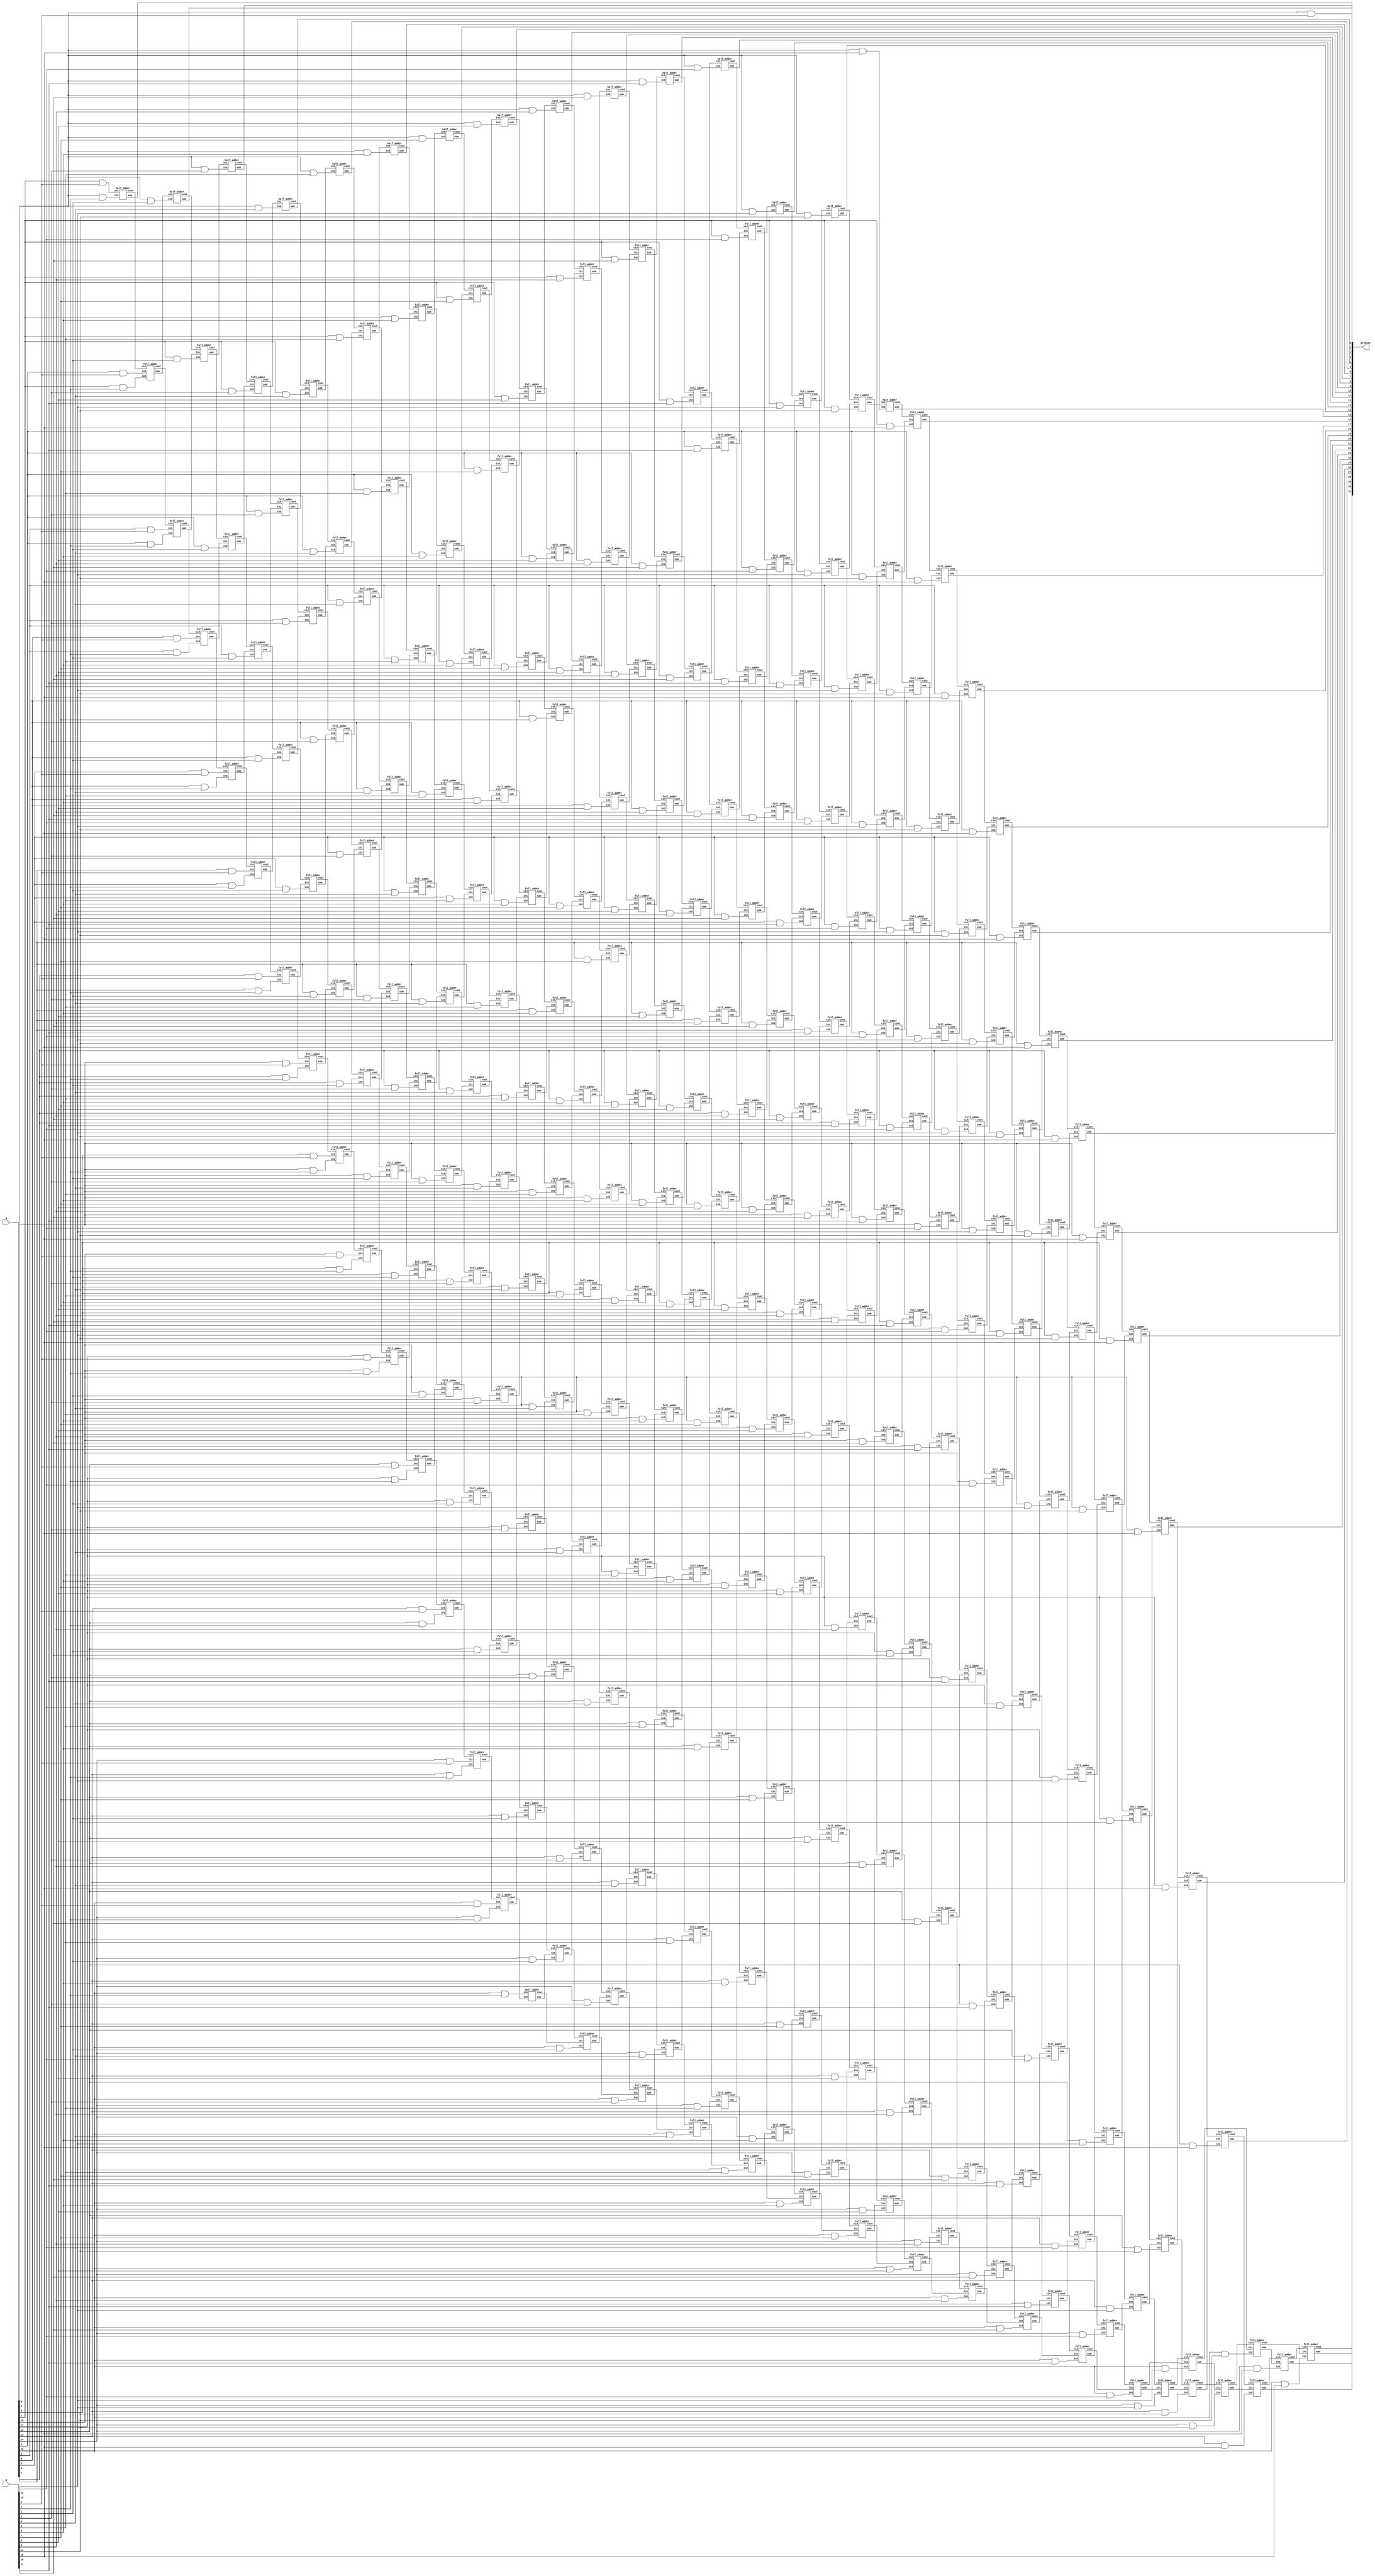
module array_signed_multiplier_16(output wire [31:0] product,
                          input wire [15:0] A, B);

and AND1(a0b0, A[0], B[0]);and AND2(a0b1, A[0], B[1]);
and AND3(a0b2, A[0], B[2]);and AND4(a0b3, A[0], B[3]);
and AND5(a0b4, A[0], B[4]);and AND6(a0b5, A[0], B[5]);
and AND7(a0b6, A[0], B[6]);and AND8(a0b7, A[0], B[7]);
and AND9(a0b8, A[0], B[8]);and AND10(a0b9, A[0], B[9]);
and AND11(a0b10, A[0], B[10]);and AND12(a0b11, A[0], B[11]);
and AND13(a0b12, A[0], B[12]);and AND14(a0b13, A[0], B[13]);
and AND15(a0b14, A[0], B[14]);and AND16(a0b15, A[0], B[15]);
and AND18(a1b0, A[1], B[0]);and AND19(a1b1, A[1], B[1]);
and AND20(a1b2, A[1], B[2]);and AND21(a1b3, A[1], B[3]);
and AND22(a1b4, A[1], B[4]);and AND23(a1b5, A[1], B[5]);
and AND24(a1b6, A[1], B[6]);and AND25(a1b7, A[1], B[7]);
and AND26(a1b8, A[1], B[8]);and AND27(a1b9, A[1], B[9]);
and AND28(a1b10, A[1], B[10]);and AND29(a1b11, A[1], B[11]);
and AND30(a1b12, A[1], B[12]);and AND31(a1b13, A[1], B[13]);
and AND32(a1b14, A[1], B[14]);and AND33(a1b15, A[1], B[15]);
and AND017(a2b0, A[2], B[0]);and AND018(a2b1, A[2], B[1]);
and AND019(a2b2, A[2], B[2]);and AND020(a2b3, A[2], B[3]);
and AND021(a2b4, A[2], B[4]);and AND022(a2b5, A[2], B[5]);
and AND023(a2b6, A[2], B[6]);and AND024(a2b7, A[2], B[7]);
and AND025(a2b8, A[2], B[8]);and AND026(a2b9, A[2], B[9]);
and AND027(a2b10, A[2], B[10]);and AND028(a2b11, A[2], B[11]);
and AND029(a2b12, A[2], B[12]);and AND030(a2b13, A[2], B[13]);
and AND031(a2b14, A[2], B[14]);and AND032(a2b15, A[2], B[15]);
and AND033(a3b0, A[3], B[0]);and AND34(a3b1, A[3], B[1]);
and AND35(a3b2, A[3], B[2]);and AND36(a3b3, A[3], B[3]);
and AND37(a3b4, A[3], B[4]);and AND38(a3b5, A[3], B[5]);
and AND39(a3b6, A[3], B[6]);and AND40(a3b7, A[3], B[7]);
and AND41(a3b8, A[3], B[8]);and AND42(a3b9, A[3], B[9]);
and AND43(a3b10, A[3], B[10]);and AND44(a3b11, A[3], B[11]);
and AND45(a3b12, A[3], B[12]);and AND46(a3b13, A[3], B[13]);
and AND47(a3b14, A[3], B[14]);and AND048(a3b15, A[3], B[15]);
and AND48(a4b0, A[4], B[0]);
and AND49(a4b1, A[4], B[1]);
and AND50(a4b2, A[4], B[2]);
and AND51(a4b3, A[4], B[3]);
and AND52(a4b4, A[4], B[4]);
and AND53(a4b5, A[4], B[5]);
and AND54(a4b6, A[4], B[6]);
and AND55(a4b7, A[4], B[7]);
and AND56(a4b8, A[4], B[8]);
and AND57(a4b9, A[4], B[9]);
and AND58(a4b10, A[4], B[10]);
and AND59(a4b11, A[4], B[11]);
and AND60(a4b12, A[4], B[12]);
and AND61(a4b13, A[4], B[13]);
and AND62(a4b14, A[4], B[14]);
and AND63(a4b15, A[4], B[15]);
and AND64(a5b0, A[5], B[0]);
and AND65(a5b1, A[5], B[1]);
and AND66(a5b2, A[5], B[2]);
and AND67(a5b3, A[5], B[3]);
and AND68(a5b4, A[5], B[4]);
and AND69(a5b5, A[5], B[5]);
and AND70(a5b6, A[5], B[6]);
and AND71(a5b7, A[5], B[7]);
and AND72(a5b8, A[5], B[8]);
and AND73(a5b9, A[5], B[9]);
and AND74(a5b10, A[5], B[10]);
and AND75(a5b11, A[5], B[11]);
and AND76(a5b12, A[5], B[12]);
and AND77(a5b13, A[5], B[13]);
and AND78(a5b14, A[5], B[14]);
and AND79(a5b15, A[5], B[15]);
and AND80(a6b0, A[6], B[0]);
and AND81(a6b1, A[6], B[1]);
and AND82(a6b2, A[6], B[2]);
and AND83(a6b3, A[6], B[3]);
and AND84(a6b4, A[6], B[4]);
and AND85(a6b5, A[6], B[5]);
and AND86(a6b6, A[6], B[6]);
and AND87(a6b7, A[6], B[7]);
and AND88(a6b8, A[6], B[8]);
and AND89(a6b9, A[6], B[9]);
and AND90(a6b10, A[6], B[10]);
and AND91(a6b11, A[6], B[11]);
and AND92(a6b12, A[6], B[12]);
and AND93(a6b13, A[6], B[13]);
and AND94(a6b14, A[6], B[14]);
and AND95(a6b15, A[6], B[15]);
and AND96(a7b0, A[7], B[0]);
and AND97(a7b1, A[7], B[1]);
and AND98(a7b2, A[7], B[2]);
and AND99(a7b3, A[7], B[3]);
and AND100(a7b4, A[7], B[4]);
and AND101(a7b5, A[7], B[5]);
and AND102(a7b6, A[7], B[6]);
and AND103(a7b7, A[7], B[7]);
and AND104(a7b8, A[7], B[8]);
and AND105(a7b9, A[7], B[9]);
and AND106(a7b10, A[7], B[10]);
and AND107(a7b11, A[7], B[11]);
and AND108(a7b12, A[7], B[12]);
and AND109(a7b13, A[7], B[13]);
and AND110(a7b14, A[7], B[14]);
and AND111(a7b15, A[7], B[15]);
and AND112(a8b0, A[8], B[0]);
and AND113(a8b1, A[8], B[1]);
and AND114(a8b2, A[8], B[2]);
and AND115(a8b3, A[8], B[3]);
and AND116(a8b4, A[8], B[4]);
and AND117(a8b5, A[8], B[5]);
and AND118(a8b6, A[8], B[6]);
and AND119(a8b7, A[8], B[7]);
and AND120(a8b8, A[8], B[8]);
and AND121(a8b9, A[8], B[9]);
and AND122(a8b10, A[8], B[10]);
and AND123(a8b11, A[8], B[11]);
and AND124(a8b12, A[8], B[12]);
and AND125(a8b13, A[8], B[13]);
and AND126(a8b14, A[8], B[14]);
and AND127(a8b15, A[8], B[15]);
and AND128(a9b0, A[9], B[0]);
and AND129(a9b1, A[9], B[1]);
and AND130(a9b2, A[9], B[2]);
and AND131(a9b3, A[9], B[3]);
and AND132(a9b4, A[9], B[4]);
and AND133(a9b5, A[9], B[5]);
and AND134(a9b6, A[9], B[6]);
and AND135(a9b7, A[9], B[7]);
and AND136(a9b8, A[9], B[8]);
and AND137(a9b9, A[9], B[9]);
and AND138(a9b10, A[9], B[10]);
and AND139(a9b11, A[9], B[11]);
and AND140(a9b12, A[9], B[12]);
and AND141(a9b13, A[9], B[13]);
and AND142(a9b14, A[9], B[14]);
and AND143(a9b15, A[9], B[15]);
and AND144(a10b0, A[10], B[0]);
and AND145(a10b1, A[10], B[1]);
and AND146(a10b2, A[10], B[2]);
and AND147(a10b3, A[10], B[3]);
and AND148(a10b4, A[10], B[4]);
and AND149(a10b5, A[10], B[5]);
and AND150(a10b6, A[10], B[6]);
and AND151(a10b7, A[10], B[7]);
and AND152(a10b8, A[10], B[8]);
and AND153(a10b9, A[10], B[9]);
and AND154(a10b10, A[10], B[10]);
and AND155(a10b11, A[10], B[11]);
and AND156(a10b12, A[10], B[12]);
and AND157(a10b13, A[10], B[13]);
and AND158(a10b14, A[10], B[14]);
and AND159(a10b15, A[10], B[15]);
and AND160(a11b0, A[11], B[0]);
and AND161(a11b1, A[11], B[1]);
and AND162(a11b2, A[11], B[2]);
and AND163(a11b3, A[11], B[3]);
and AND164(a11b4, A[11], B[4]);
and AND165(a11b5, A[11], B[5]);
and AND166(a11b6, A[11], B[6]);
and AND167(a11b7, A[11], B[7]);
and AND168(a11b8, A[11], B[8]);
and AND169(a11b9, A[11], B[9]);
and AND170(a11b10, A[11], B[10]);
and AND171(a11b11, A[11], B[11]);
and AND172(a11b12, A[11], B[12]);
and AND173(a11b13, A[11], B[13]);
and AND174(a11b14, A[11], B[14]);
and AND175(a11b15, A[11], B[15]);
and AND176(a12b0, A[12], B[0]);
and AND177(a12b1, A[12], B[1]);
and AND178(a12b2, A[12], B[2]);
and AND179(a12b3, A[12], B[3]);
and AND180(a12b4, A[12], B[4]);
and AND181(a12b5, A[12], B[5]);
and AND182(a12b6, A[12], B[6]);
and AND183(a12b7, A[12], B[7]);
and AND184(a12b8, A[12], B[8]);
and AND185(a12b9, A[12], B[9]);
and AND186(a12b10, A[12], B[10]);
and AND187(a12b11, A[12], B[11]);
and AND188(a12b12, A[12], B[12]);
and AND189(a12b13, A[12], B[13]);
and AND190(a12b14, A[12], B[14]);
and AND191(a12b15, A[12], B[15]);
and AND192(a13b0, A[13], B[0]);
and AND193(a13b1, A[13], B[1]);
and AND194(a13b2, A[13], B[2]);
and AND195(a13b3, A[13], B[3]);
and AND196(a13b4, A[13], B[4]);
and AND197(a13b5, A[13], B[5]);
and AND198(a13b6, A[13], B[6]);
and AND199(a13b7, A[13], B[7]);
and AND200(a13b8, A[13], B[8]);
and AND201(a13b9, A[13], B[9]);
and AND202(a13b10, A[13], B[10]);
and AND203(a13b11, A[13], B[11]);
and AND204(a13b12, A[13], B[12]);
and AND205(a13b13, A[13], B[13]);
and AND206(a13b14, A[13], B[14]);
and AND207(a13b15, A[13], B[15]);
and AND208(a14b0, A[14], B[0]);
and AND209(a14b1, A[14], B[1]);
and AND210(a14b2, A[14], B[2]);
and AND211(a14b3, A[14], B[3]);
and AND212(a14b4, A[14], B[4]);
and AND213(a14b5, A[14], B[5]);
and AND214(a14b6, A[14], B[6]);
and AND215(a14b7, A[14], B[7]);
and AND216(a14b8, A[14], B[8]);
and AND217(a14b9, A[14], B[9]);
and AND218(a14b10, A[14], B[10]);
and AND219(a14b11, A[14], B[11]);
and AND220(a14b12, A[14], B[12]);
and AND221(a14b13, A[14], B[13]);
and AND222(a14b14, A[14], B[14]);
and AND223(a14b15, A[14], B[15]);
and AND224(a15b0, A[15], B[0]);
and AND225(a15b1, A[15], B[1]);
and AND226(a15b2, A[15], B[2]);
and AND227(a15b3, A[15], B[3]);
and AND228(a15b4, A[15], B[4]);
and AND229(a15b5, A[15], B[5]);
and AND230(a15b6, A[15], B[6]);
and AND231(a15b7, A[15], B[7]);
and AND232(a15b8, A[15], B[8]);
and AND233(a15b9, A[15], B[9]);
and AND234(a15b10, A[15], B[10]);
and AND235(a15b11, A[15], B[11]);
and AND236(a15b12, A[15], B[12]);
and AND237(a15b13, A[15], B[13]);
and AND238(a15b14, A[15], B[14]);
and AND239(a15b15, A[15], B[15]);

assign product[0] = a0b0;

/* row 0 */
half_adder HA0_1(product[1], c0_0,   a1b0,  a0b1);
full_adder FA0_1(s0_1,   c0_1,       a2b0,  a1b1, c0_0);
full_adder FA0_2(s0_2,   c0_2,       a3b0,  a2b1, c0_1);
full_adder FA0_3(s0_3,   c0_3,       a4b0,  a3b1, c0_2);
full_adder FA0_4(s0_4,   c0_4,       a5b0,  a4b1, c0_3);
full_adder FA0_5(s0_5,   c0_5,       a6b0,  a5b1, c0_4);
full_adder FA0_6(s0_6,   c0_6,       a7b0,  a6b1, c0_5);
full_adder FA0_7(s0_7,   c0_7,       a8b0,  a7b1, c0_6);
full_adder FA0_8(s0_8,   c0_8,       a9b0,  a8b1, c0_7);
full_adder FA0_9(s0_9,   c0_9,       a10b0, a9b1, c0_8);
full_adder FA0_10(s0_10, c0_10,      a11b0, a10b1, c0_9);
full_adder FA0_11(s0_11, c0_11,      a12b0, a11b1, c0_10);
full_adder FA0_12(s0_12, c0_12,      a13b0, a12b1, c0_11);
full_adder FA0_13(s0_13, c0_13,      a14b0, a13b1, c0_12);
full_adder FA0_14(s0_14, c0_14,      a15b0, a14b1, c0_13);
half_adder HA0_2(s0_15, c0_15,              a15b1, c0_14);

/* row 1 */
half_adder HA1_1(product[2], c1_0,   s0_1, a0b2);
full_adder FA1_1(s1_1,   c1_1,       s0_2,  a1b2,  c1_0);
full_adder FA1_2(s1_2,   c1_2,       s0_3,  a2b2,  c1_1);
full_adder FA1_3(s1_3,   c1_3,       s0_4,  a3b2,  c1_2);
full_adder FA1_4(s1_4,   c1_4,       s0_5,  a4b2,  c1_3);
full_adder FA1_5(s1_5,   c1_5,       s0_6,  a5b2,  c1_4);
full_adder FA1_6(s1_6,   c1_6,       s0_7,  a6b2,  c1_5);
full_adder FA1_7(s1_7,   c1_7,       s0_8,  a7b2,  c1_6);
full_adder FA1_8(s1_8,   c1_8,       s0_9,  a8b2,  c1_7);
full_adder FA1_9(s1_9,   c1_9,       s0_10, a9b2,  c1_8);
full_adder FA1_10(s1_10, c1_10,      s0_11, a10b2, c1_9);
full_adder FA1_11(s1_11, c1_11,      s0_12, a11b2, c1_10);
full_adder FA1_12(s1_12, c1_12,      s0_13, a12b2, c1_11);
full_adder FA1_13(s1_13, c1_13,      s0_14, a13b2, c1_12);
full_adder FA1_14(s1_14, c1_14,      s0_15, a14b2, c1_13);
full_adder FA1_15(s1_15, c1_15,      c0_15, a15b2, c1_14);

/* row2 */
half_adder HA2_1(product[3], c2_0,   s1_1,  a0b3);
full_adder FA2_1(s2_1,   c2_1,       s1_2,  a1b3,  c2_0);
full_adder FA2_2(s2_2,   c2_2,       s1_3,  a2b3,  c2_1);
full_adder FA2_3(s2_3,   c2_3,       s1_4,  a3b3,  c2_2);
full_adder FA2_4(s2_4,   c2_4,       s1_5,  a4b3,  c2_3);
full_adder FA2_5(s2_5,   c2_5,       s1_6,  a5b3,  c2_4);
full_adder FA2_6(s2_6,   c2_6,       s1_7,  a6b3,  c2_5);
full_adder FA2_7(s2_7,   c2_7,       s1_8,  a7b3,  c2_6);
full_adder FA2_8(s2_8,   c2_8,       s1_9,  a8b3,  c2_7);
full_adder FA2_9(s2_9,   c2_9,       s1_10, a9b3,  c2_8);
full_adder FA2_10(s2_10, c2_10,      s1_11, a10b3, c2_9);
full_adder FA2_11(s2_11, c2_11,      s1_12, a11b3, c2_10);
full_adder FA2_12(s2_12, c2_12,      s1_13, a12b3, c2_11);
full_adder FA2_13(s2_13, c2_13,      s1_14, a13b3, c2_12);
full_adder FA2_14(s2_14, c2_14,      s1_15, a14b3, c2_13);
full_adder FA2_15(s2_15, c2_15,      c1_15, a15b3, c2_14);

/* row3 */
half_adder HA3_1(product[4], c3_0,   s2_1,  a0b4);
full_adder FA3_1(s3_1,   c3_1,       s2_2,  a1b4,  c3_0);
full_adder FA3_2(s3_2,   c3_2,       s2_3,  a2b4,  c3_1);
full_adder FA3_3(s3_3,   c3_3,       s2_4,  a3b4,  c3_2);
full_adder FA3_4(s3_4,   c3_4,       s2_5,  a4b4,  c3_3);
full_adder FA3_5(s3_5,   c3_5,       s2_6,  a5b4,  c3_4);
full_adder FA3_6(s3_6,   c3_6,       s2_7,  a6b4,  c3_5);
full_adder FA3_7(s3_7,   c3_7,       s2_8,  a7b4,  c3_6);
full_adder FA3_8(s3_8,   c3_8,       s2_9,  a8b4,  c3_7);
full_adder FA3_9(s3_9,   c3_9,       s2_10, a9b4,  c3_8);
full_adder FA3_10(s3_10, c3_10,      s2_11, a10b4, c3_9);
full_adder FA3_11(s3_11, c3_11,      s2_12, a11b4, c3_10);
full_adder FA3_12(s3_12, c3_12,      s2_13, a12b4, c3_11);
full_adder FA3_13(s3_13, c3_13,      s2_14, a13b4, c3_12);
full_adder FA3_14(s3_14, c3_14,      s2_15, a14b4, c3_13);
full_adder FA3_15(s3_15, c3_15,      c2_15, a15b4, c3_14);

/* row4 */
half_adder HA4_1(product[5], c4_0,   s3_1,  a0b5);
full_adder FA4_1(s4_1,   c4_1,       s3_2,  a1b5,  c4_0);
full_adder FA4_2(s4_2,   c4_2,       s3_3,  a2b5,  c4_1);
full_adder FA4_3(s4_3,   c4_3,       s3_4,  a3b5,  c4_2);
full_adder FA4_4(s4_4,   c4_4,       s3_5,  a4b5,  c4_3);
full_adder FA4_5(s4_5,   c4_5,       s3_6,  a5b5,  c4_4);
full_adder FA4_6(s4_6,   c4_6,       s3_7,  a6b5,  c4_5);
full_adder FA4_7(s4_7,   c4_7,       s3_8,  a7b5,  c4_6);
full_adder FA4_8(s4_8,   c4_8,       s3_9,  a8b5,  c4_7);
full_adder FA4_9(s4_9,   c4_9,       s3_10, a9b5,  c4_8);
full_adder FA4_10(s4_10, c4_10,      s3_11, a10b5, c4_9);
full_adder FA4_11(s4_11, c4_11,      s3_12, a11b5, c4_10);
full_adder FA4_12(s4_12, c4_12,      s3_13, a12b5, c4_11);
full_adder FA4_13(s4_13, c4_13,      s3_14, a13b5, c4_12);
full_adder FA4_14(s4_14, c4_14,      s3_15, a14b5, c4_13);
full_adder FA4_15(s4_15, c4_15,      c3_15, a15b5, c4_14);

/* row5 */
half_adder HA5_1(product[6], c5_0,   s4_1,  a0b6);
full_adder FA5_1(s5_1,   c5_1,       s4_2,  a1b6,  c5_0);
full_adder FA5_2(s5_2,   c5_2,       s4_3,  a2b6,  c5_1);
full_adder FA5_3(s5_3,   c5_3,       s4_4,  a3b6,  c5_2);
full_adder FA5_4(s5_4,   c5_4,       s4_5,  a4b6,  c5_3);
full_adder FA5_5(s5_5,   c5_5,       s4_6,  a5b6,  c5_4);
full_adder FA5_6(s5_6,   c5_6,       s4_7,  a6b6,  c5_5);
full_adder FA5_7(s5_7,   c5_7,       s4_8,  a7b6,  c5_6);
full_adder FA5_8(s5_8,   c5_8,       s4_9,  a8b6,  c5_7);
full_adder FA5_9(s5_9,   c5_9,       s4_10, a9b6,  c5_8);
full_adder FA5_10(s5_10, c5_10,      s4_11, a10b6, c5_9);
full_adder FA5_11(s5_11, c5_11,      s4_12, a11b6, c5_10);
full_adder FA5_12(s5_12, c5_12,      s4_13, a12b6, c5_11);
full_adder FA5_13(s5_13, c5_13,      s4_14, a13b6, c5_12);
full_adder FA5_14(s5_14, c5_14,      s4_15, a14b6, c5_13);
full_adder FA5_15(s5_15, c5_15,      c4_15, a15b6, c5_14);

/* row6 */
half_adder HA6_1(product[7], c6_0,   s5_1,  a0b7);
full_adder FA6_1(s6_1,   c6_1,       s5_2,  a1b7,  c6_0);
full_adder FA6_2(s6_2,   c6_2,       s5_3,  a2b7,  c6_1);
full_adder FA6_3(s6_3,   c6_3,       s5_4,  a3b7,  c6_2);
full_adder FA6_4(s6_4,   c6_4,       s5_5,  a4b7,  c6_3);
full_adder FA6_5(s6_5,   c6_5,       s5_6,  a5b7,  c6_4);
full_adder FA6_6(s6_6,   c6_6,       s5_7,  a6b7,  c6_5);
full_adder FA6_7(s6_7,   c6_7,       s5_8,  a7b7,  c6_6);
full_adder FA6_8(s6_8,   c6_8,       s5_9,  a8b7,  c6_7);
full_adder FA6_9(s6_9,   c6_9,       s5_10, a9b7,  c6_8);
full_adder FA6_10(s6_10, c6_10,      s5_11, a10b7, c6_9);
full_adder FA6_11(s6_11, c6_11,      s5_12, a11b7, c6_10);
full_adder FA6_12(s6_12, c6_12,      s5_13, a12b7, c6_11);
full_adder FA6_13(s6_13, c6_13,      s5_14, a13b7, c6_12);
full_adder FA6_14(s6_14, c6_14,      s5_15, a14b7, c6_13);
full_adder FA6_15(s6_15, c6_15,      c5_15, a15b7, c6_14);

/* row7 */
half_adder HA7_1(product[8], c7_0,   s6_1,  a0b8);
full_adder FA7_1(s7_1,   c7_1,       s6_2,  a1b8,  c7_0);
full_adder FA7_2(s7_2,   c7_2,       s6_3,  a2b8,  c7_1);
full_adder FA7_3(s7_3,   c7_3,       s6_4,  a3b8,  c7_2);
full_adder FA7_4(s7_4,   c7_4,       s6_5,  a4b8,  c7_3);
full_adder FA7_5(s7_5,   c7_5,       s6_6,  a5b8,  c7_4);
full_adder FA7_6(s7_6,   c7_6,       s6_7,  a6b8,  c7_5);
full_adder FA7_7(s7_7,   c7_7,       s6_8,  a7b8,  c7_6);
full_adder FA7_8(s7_8,   c7_8,       s6_9,  a8b8,  c7_7);
full_adder FA7_9(s7_9,   c7_9,       s6_10, a9b8,  c7_8);
full_adder FA7_10(s7_10, c7_10,      s6_11, a10b8, c7_9);
full_adder FA7_11(s7_11, c7_11,      s6_12, a11b8, c7_10);
full_adder FA7_12(s7_12, c7_12,      s6_13, a12b8, c7_11);
full_adder FA7_13(s7_13, c7_13,      s6_14, a13b8, c7_12);
full_adder FA7_14(s7_14, c7_14,      s6_15, a14b8, c7_13);
full_adder FA7_15(s7_15, c7_15,      c6_15, a15b8, c7_14);


/* row8 */
half_adder HA8_1(product[9], c8_0,   s7_1,  a0b9);
full_adder FA8_1(s8_1,   c8_1,       s7_2,  a1b9,  c8_0);
full_adder FA8_2(s8_2,   c8_2,       s7_3,  a2b9,  c8_1);
full_adder FA8_3(s8_3,   c8_3,       s7_4,  a3b9,  c8_2);
full_adder FA8_4(s8_4,   c8_4,       s7_5,  a4b9,  c8_3);
full_adder FA8_5(s8_5,   c8_5,       s7_6,  a5b9,  c8_4);
full_adder FA8_6(s8_6,   c8_6,       s7_7,  a6b9,  c8_5);
full_adder FA8_7(s8_7,   c8_7,       s7_8,  a7b9,  c8_6);
full_adder FA8_8(s8_8,   c8_8,       s7_9,  a8b9,  c8_7);
full_adder FA8_9(s8_9,   c8_9,       s7_10, a9b9,  c8_8);
full_adder FA8_10(s8_10, c8_10,      s7_11, a10b9, c8_9);
full_adder FA8_11(s8_11, c8_11,      s7_12, a11b9, c8_10);
full_adder FA8_12(s8_12, c8_12,      s7_13, a12b9, c8_11);
full_adder FA8_13(s8_13, c8_13,      s7_14, a13b9, c8_12);
full_adder FA8_14(s8_14, c8_14,      s7_15, a14b9, c8_13);
full_adder FA8_15(s8_15, c8_15,      c7_15, a15b9, c8_14);

/* row9 */
half_adder HA9_1(product[10], c9_0,  s8_1,  a0b10);
full_adder FA9_1(s9_1,   c9_1,       s8_2,  a1b10,  c9_0);
full_adder FA9_2(s9_2,   c9_2,       s8_3,  a2b10,  c9_1);
full_adder FA9_3(s9_3,   c9_3,       s8_4,  a3b10,  c9_2);
full_adder FA9_4(s9_4,   c9_4,       s8_5,  a4b10,  c9_3);
full_adder FA9_5(s9_5,   c9_5,       s8_6,  a5b10,  c9_4);
full_adder FA9_6(s9_6,   c9_6,       s8_7,  a6b10,  c9_5);
full_adder FA9_7(s9_7,   c9_7,       s8_8,  a7b10,  c9_6);
full_adder FA9_8(s9_8,   c9_8,       s8_9,  a8b10,  c9_7);
full_adder FA9_9(s9_9,   c9_9,       s8_10, a9b10,  c9_8);
full_adder FA9_10(s9_10, c9_10,      s8_11, a10b10, c9_9);
full_adder FA9_11(s9_11, c9_11,      s8_12, a11b10, c9_10);
full_adder FA9_12(s9_12, c9_12,      s8_13, a12b10, c9_11);
full_adder FA9_13(s9_13, c9_13,      s8_14, a13b10, c9_12);
full_adder FA9_14(s9_14, c9_14,      s8_15, a14b10, c9_13);
full_adder FA9_15(s9_15, c9_15,      c8_15, a15b10, c9_14);

/* row10 */
half_adder HA10_1(product[11], c10_0,   s9_1,  a0b11);
full_adder FA10_1(s10_1,   c10_1,       s9_2,  a1b11,  c10_0);
full_adder FA10_2(s10_2,   c10_2,       s9_3,  a2b11,  c10_1);
full_adder FA10_3(s10_3,   c10_3,       s9_4,  a3b11,  c10_2);
full_adder FA10_4(s10_4,   c10_4,       s9_5,  a4b11,  c10_3);
full_adder FA10_5(s10_5,   c10_5,       s9_6,  a5b11,  c10_4);
full_adder FA10_6(s10_6,   c10_6,       s9_7,  a6b11,  c10_5);
full_adder FA10_7(s10_7,   c10_7,       s9_8,  a7b11,  c10_6);
full_adder FA10_8(s10_8,   c10_8,       s9_9,  a8b11,  c10_7);
full_adder FA10_9(s10_9,   c10_9,       s9_10, a9b11,  c10_8);
full_adder FA10_10(s10_10, c10_10,      s9_11, a10b11, c10_9);
full_adder FA10_11(s10_11, c10_11,      s9_12, a11b11, c10_10);
full_adder FA10_12(s10_12, c10_12,      s9_13, a12b11, c10_11);
full_adder FA10_13(s10_13, c10_13,      s9_14, a13b11, c10_12);
full_adder FA10_14(s10_14, c10_14,      s9_15, a14b11, c10_13);
full_adder FA10_15(s10_15, c10_15,      c9_15, a15b11, c10_14);

/* row11 */
half_adder HA11_1(product[12], c11_0,   s10_1,  a0b12);
full_adder FA11_1(s11_1,   c11_1,       s10_2,  a1b12,  c11_0);
full_adder FA11_2(s11_2,   c11_2,       s10_3,  a2b12,  c11_1);
full_adder FA11_3(s11_3,   c11_3,       s10_4,  a3b12,  c11_2);
full_adder FA11_4(s11_4,   c11_4,       s10_5,  a4b12,  c11_3);
full_adder FA11_5(s11_5,   c11_5,       s10_6,  a5b12,  c11_4);
full_adder FA11_6(s11_6,   c11_6,       s10_7,  a6b12,  c11_5);
full_adder FA11_7(s11_7,   c11_7,       s10_8,  a7b12,  c11_6);
full_adder FA11_8(s11_8,   c11_8,       s10_9,  a8b12,  c11_7);
full_adder FA11_9(s11_9,   c11_9,       s10_10, a9b12,  c11_8);
full_adder FA11_10(s11_10, c11_10,      s10_11, a10b12, c11_9);
full_adder FA11_11(s11_11, c11_11,      s10_12, a11b12, c11_10);
full_adder FA11_12(s11_12, c11_12,      s10_13, a12b12, c11_11);
full_adder FA11_13(s11_13, c11_13,      s10_14, a13b12, c11_12);
full_adder FA11_14(s11_14, c11_14,      s10_15, a14b12, c11_13);
full_adder FA11_15(s11_15, c11_15,      c10_15, a15b12, c11_14);

/* row12 */
half_adder HA12_1(product[13], c12_0,   s11_1,  a0b13);
full_adder FA12_1(s12_1,   c12_1,       s11_2,  a1b13,  c12_0);
full_adder FA12_2(s12_2,   c12_2,       s11_3,  a2b13,  c12_1);
full_adder FA12_3(s12_3,   c12_3,       s11_4,  a3b13,  c12_2);
full_adder FA12_4(s12_4,   c12_4,       s11_5,  a4b13,  c12_3);
full_adder FA12_5(s12_5,   c12_5,       s11_6,  a5b13,  c12_4);
full_adder FA12_6(s12_6,   c12_6,       s11_7,  a6b13,  c12_5);
full_adder FA12_7(s12_7,   c12_7,       s11_8,  a7b13,  c12_6);
full_adder FA12_8(s12_8,   c12_8,       s11_9,  a8b13,  c12_7);
full_adder FA12_9(s12_9,   c12_9,       s11_10, a9b13,  c12_8);
full_adder FA12_10(s12_10, c12_10,      s11_11, a10b13, c12_9);
full_adder FA12_11(s12_11, c12_11,      s11_12, a11b13, c12_10);
full_adder FA12_12(s12_12, c12_12,      s11_13, a12b13, c12_11);
full_adder FA12_13(s12_13, c12_13,      s11_14, a13b13, c12_12);
full_adder FA12_14(s12_14, c12_14,      s11_15, a14b13, c12_13);
full_adder FA12_15(s12_15, c12_15,      c11_15, a15b13, c12_14);

/* row13 */
half_adder HA13_1(product[14], c13_0,   s12_1,  a0b14);
full_adder FA13_1(s13_1,   c13_1,       s12_2,  a1b14,  c13_0);
full_adder FA13_2(s13_2,   c13_2,       s12_3,  a2b14,  c13_1);
full_adder FA13_3(s13_3,   c13_3,       s12_4,  a3b14,  c13_2);
full_adder FA13_4(s13_4,   c13_4,       s12_5,  a4b14,  c13_3);
full_adder FA13_5(s13_5,   c13_5,       s12_6,  a5b14,  c13_4);
full_adder FA13_6(s13_6,   c13_6,       s12_7,  a6b14,  c13_5);
full_adder FA13_7(s13_7,   c13_7,       s12_8,  a7b14,  c13_6);
full_adder FA13_8(s13_8,   c13_8,       s12_9,  a8b14,  c13_7);
full_adder FA13_9(s13_9,   c13_9,       s12_10, a9b14,  c13_8);
full_adder FA13_10(s13_10, c13_10,      s12_11, a10b14, c13_9);
full_adder FA13_11(s13_11, c13_11,      s12_12, a11b14, c13_10);
full_adder FA13_12(s13_12, c13_12,      s12_13, a12b14, c13_11);
full_adder FA13_13(s13_13, c13_13,      s12_14, a13b14, c13_12);
full_adder FA13_14(s13_14, c13_14,      s12_15, a14b14, c13_13);
full_adder FA13_15(s13_15, c13_15,      c12_15, a15b14, c13_14);

/* row14 */
half_adder HA14_1(product[15],  c14_0,       s13_1,  a0b15);
full_adder FA14_1(product[16],  c14_1,       s13_2,  a1b15,  c14_0);
full_adder FA14_2(product[17],  c14_2,       s13_3,  a2b15,  c14_1);
full_adder FA14_3(product[18],  c14_3,       s13_4,  a3b15,  c14_2);
full_adder FA14_4(product[19],  c14_4,       s13_5,  a4b15,  c14_3);
full_adder FA14_5(product[20],  c14_5,       s13_6,  a5b15,  c14_4);
full_adder FA14_6(product[21],  c14_6,       s13_7,  a6b15,  c14_5);
full_adder FA14_7(product[22],  c14_7,       s13_8,  a7b15,  c14_6);
full_adder FA14_8(product[23],  c14_8,       s13_9,  a8b15,  c14_7);
full_adder FA14_9(product[24],  c14_9,       s13_10, a9b15,  c14_8);
full_adder FA14_10(product[25], c14_10,      s13_11, a10b15, c14_9);
full_adder FA14_11(product[26], c14_11,      s13_12, a11b15, c14_10);
full_adder FA14_12(product[27], c14_12,      s13_13, a12b15, c14_11);
full_adder FA14_13(product[28], c14_13,      s13_14, a13b15, c14_12);
full_adder FA14_14(product[29], c14_14,      s13_15, a14b15, c14_13);
full_adder FA14_15(product[30], product[31], c13_15, a15b15, c14_14);
endmodule


module half_adder(output wire sum,
                  output wire cout,
                  input wire in1,
                  input wire in2);
    xor(sum, in1, in2);
    and(cout, in1, in2);
endmodule

module full_adder(output wire sum,
                  output wire cout,
                  input wire in1,
                  input wire in2,
                  input wire cin);
    wire temp1;
    wire temp2;
    wire temp3;
    xor(sum, in1, in2, cin);
    and(temp1,in1,in2);
    and(temp2,in1,cin);
    and(temp3,in2,cin);
    or(cout,temp1,temp2,temp3);
endmodule